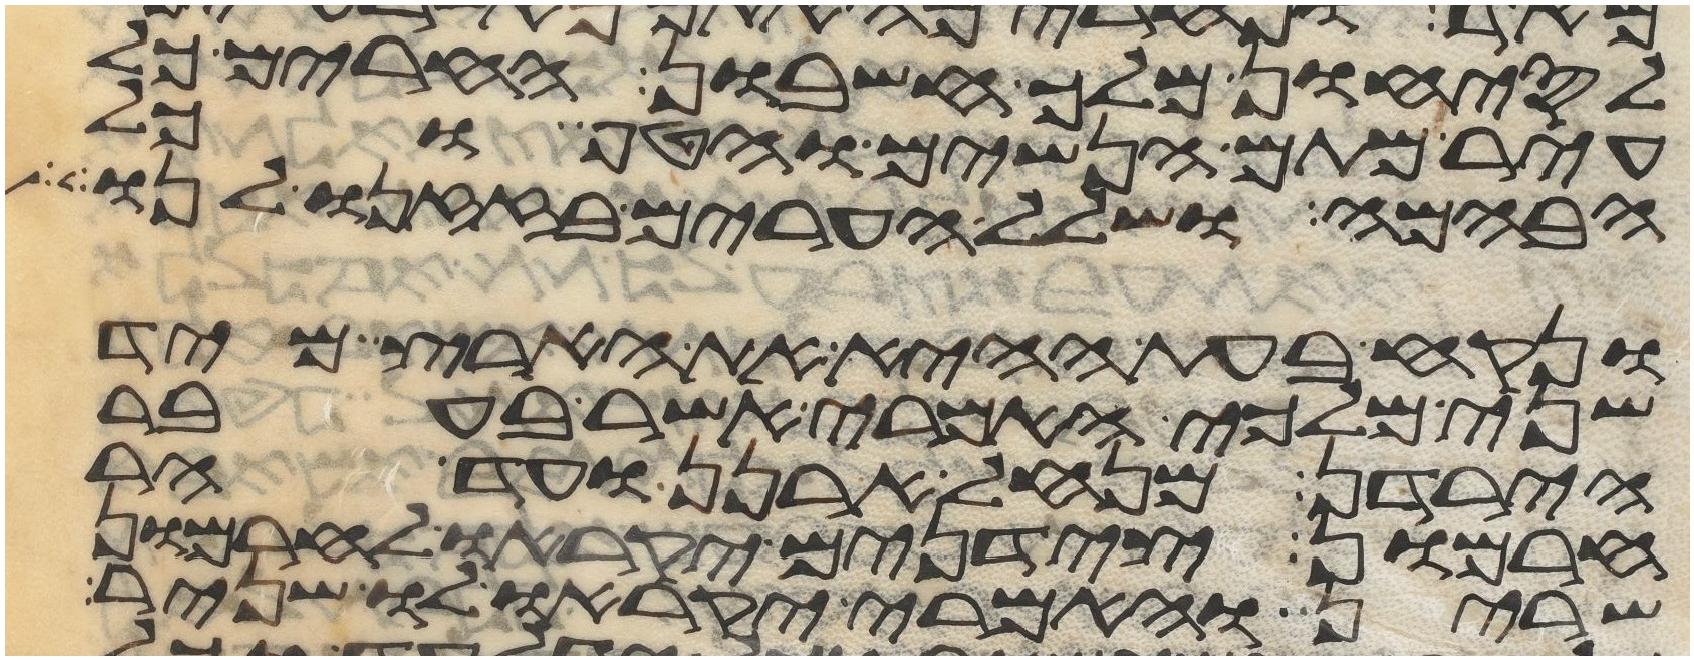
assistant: לסיחון מלך חשבון החרים כל
עיר מתם הנשים והטף וכל
הבהמה ושלל הערים בזזנו לנו
ונקח בעת ההיא את הארץ מיד
שני מלכי האמרי אשר בעבר
הירדן מנחל ארנן ועד הר
חרמון צידנים יקראו לחרמון
שרין והאמרי יקראו לו שניר